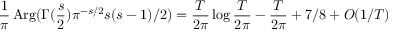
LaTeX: { \frac { 1 } { \pi } } \mathop { \mathrm { A r g } } ( \Gamma ( { \frac { s } { 2 } } ) \pi ^ { - s / 2 } s ( s - 1 ) / 2 ) = { \frac { T } { 2 \pi } } \log { \frac { T } { 2 \pi } } - { \frac { T } { 2 \pi } } + 7 / 8 + O ( 1 / T )